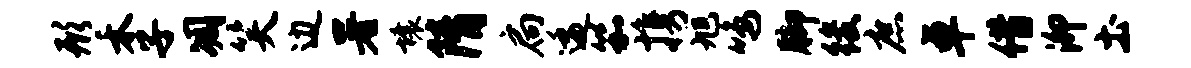
形禾子凋笑边署壤隋扃逶笳携旭鸣脚後庶卓借泖土